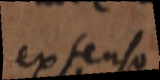
extenso